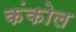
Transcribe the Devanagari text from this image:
कंकोल